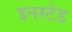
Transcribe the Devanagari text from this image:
इनस्टेड